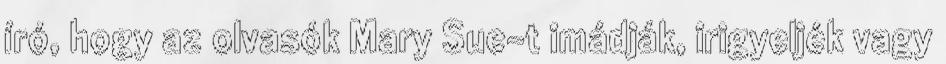
író, hogy az olvasók Mary Sue-t imádják, irigyeljék vagy